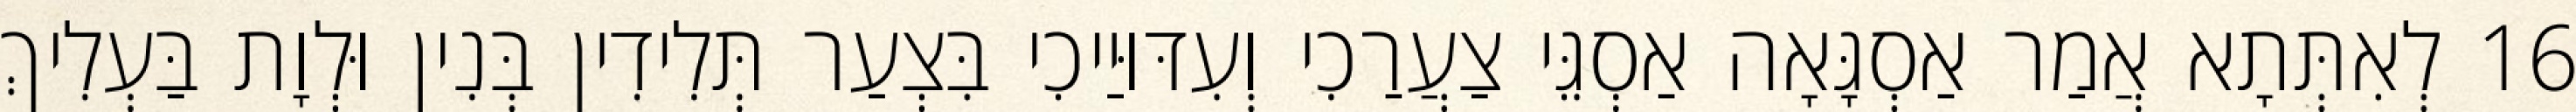
16 לְאִתְּתָא אֲמַר אַסְגָּאָה אַסְגֵּי צַעֲרַכִי וְעִדּוּיַיכִי בִּצְעַר תְּלִידִין בְּנִין וּלְוָת בַּעְלִיךְ